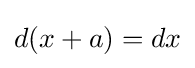
d(x+a)=dx